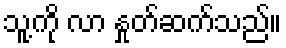
သူ့ကို လာ နှုတ်ဆက်သည်။